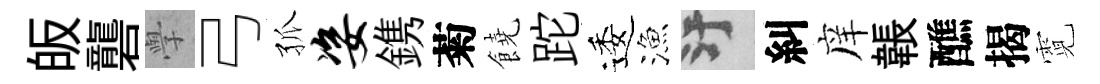
皈礱𭓕弓孤姿鎸菊饒跎逶漁污糾庠韔醮揭霓